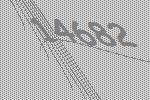
14682